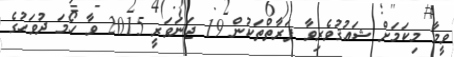
ވީމާ މިކަމަށް ޝައުޤުވެރިވާ ފަރާތްތަކުން 19 ޖަނަވަރީ 2015 ވާ ހޯމަ ދުވަހުގެ